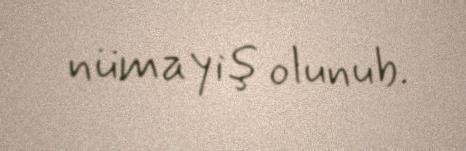
nümayiş olunub.